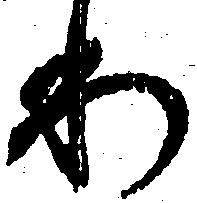
わ